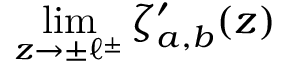
\displaystyle { \operatorname* { l i m } _ { z \rightarrow \pm \ell ^ { \pm } } \zeta _ { a , b } ^ { \prime } ( z ) }